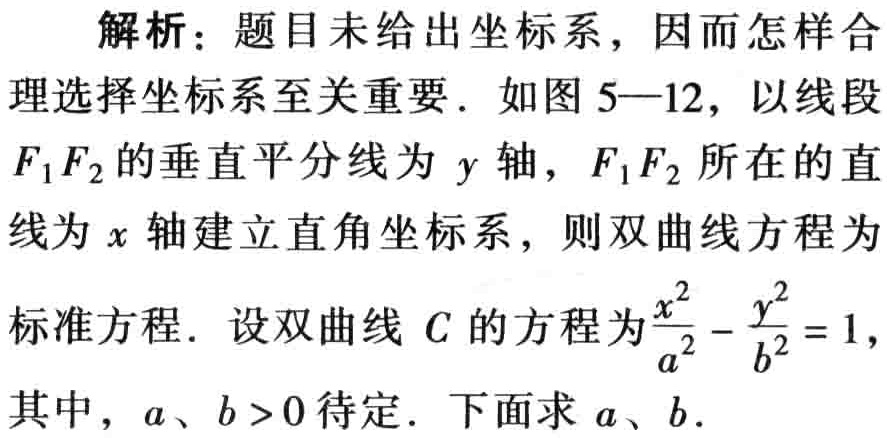
解析：题目未给出坐标系，因而怎样合

理选择坐标系至关重要. 如图5—12，以线段

\(F_1F_2\)的垂直平分线为\(y\)轴，\(F_1F_2\)所在的直

线为\(x\)轴建立直角坐标系，则双曲线方程为

标准方程. 设双曲线\(C\)的方程为\(\frac{x^{2}}{a^{2}}-\frac{y^{2}}{b^{2}} = 1\)，

其中，\(a、b>0\)待定. 下面求\(a、b\).